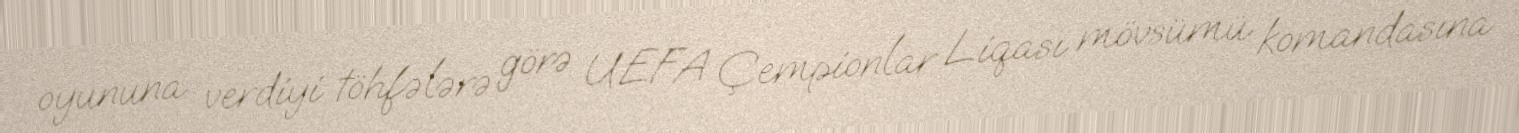
oyununa verdiyi töhfələrə görə UEFA Çempionlar Liqası mövsümü komandasına